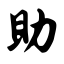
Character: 助